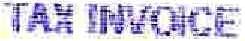
TAX INVOICE